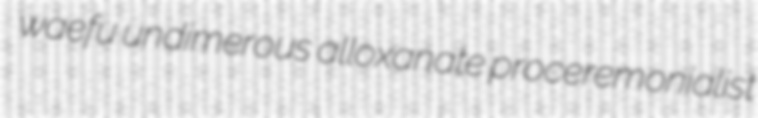
waefu undimerous alloxanate proceremonialist